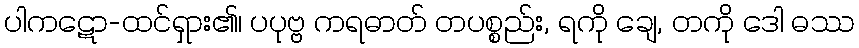
ပါကဋော-ထင်ရှား၏၊ ပပုဗ္ဗ ကရဓာတ် တပစ္စည်း, ရကို ချေ, တကို ဒေါ ဓဿ